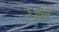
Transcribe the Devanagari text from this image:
रूपैयाँ